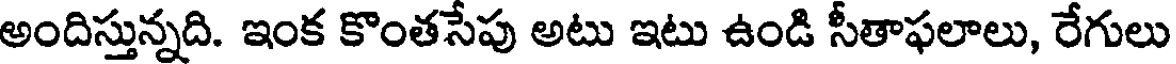
అందిస్తున్నది. ఇంక కొంతసేపు అటు ఇటు ఉండి సీతాఫలాలు, రేగులు